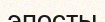
эпосты